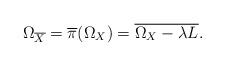
LaTeX: \begin{align*}\Omega_{\overline{X}}=\overline{\pi}(\Omega_X)=\overline{\Omega_X-\lambda L}.\end{align*}